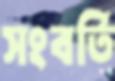
সংবর্তি